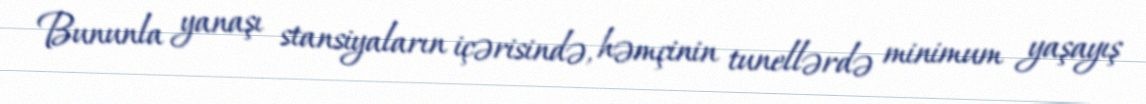
Bununla yanaşı stansiyaların içərisində, həmçinin tunellərdə minimum yaşayış